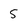
Character: 5